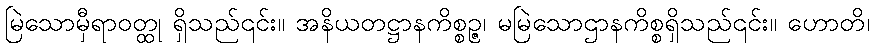
မြဲသောမှီရာဝတ္ထု ရှိသည်၎င်း။ အနိယတဋ္ဌာနကိစ္စဉ္ဇ၊ မမြဲသောဌာနကိစ္စရှိသည်၎င်း။ ဟောတိ၊